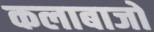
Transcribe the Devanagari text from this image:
कलाबाजों